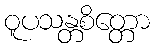
ဝူပသန္တစိတ္တော